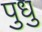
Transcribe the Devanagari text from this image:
पुधु